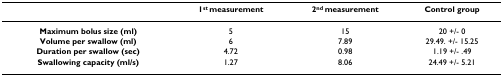
|  | 1st measurement | 2nd measurement | Control group |
 | --- | --- | --- | --- |
 | Maximum bolus size (ml) | 5 | 15 | 20 +/- 0 |
 | Volume per swallow (ml) | 6 | 7.89 | 29.49. +/- 15.25 |
 | Duration per swallow (sec) | 4.72 | 0.98 | 1.19 +/- .49 |
 | Swallowing capacity (ml/s) | 1.27 | 8.06 | 24.49 +/- 5.21 |